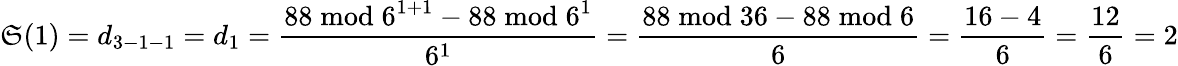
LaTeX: \mathfrak{S}(1)=d_{3-1-1}=d_{1}={\frac{{88{\bmod{6}}^{1+1}-88{\bmod{6}}^{1}}}{{6^{1}}}}={\frac{{88{\bmod{3}}6-88{\bmod{6}}}}{{6}}}={\frac{{16-4}}{{6}}}={\frac{{12}}{{6}}}=2